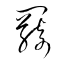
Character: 羇